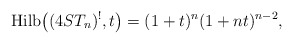
\begin{gather*}{\rm Hilb}\big((4ST_n)^{!},t\big)=(1+t)^{n} (1+n t)^{n-2},\end{gather*}